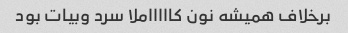
برخلاف همیشه نون کاااااملا سرد وبیات بود